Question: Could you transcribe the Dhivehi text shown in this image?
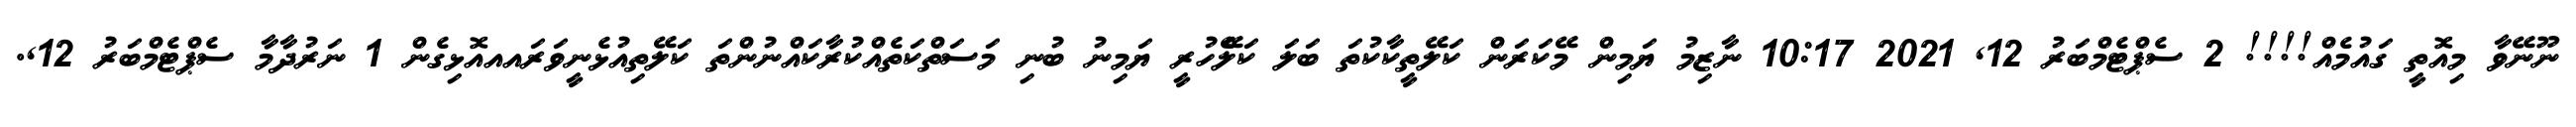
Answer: ނޫނޭވާ މިއޮތީ ގައުމެއް!!!! 2 ސެޕްޓެމްބަރު 12, 2021 10:17 ނާޒިމު ޔަމިން މޭކަރަން ކަލޭތީކާކުތަ ބަލަ ކަލެޭހުރީ ޔަމިނު ބުނި މަސަތްކަތެއްކުރާކައްނުންތަ ކަލޭތިއުޅެނީވަރައއއޮޅިގެން 1 ނަރުދާމާ ސެޕްޓެމްބަރު 12,.